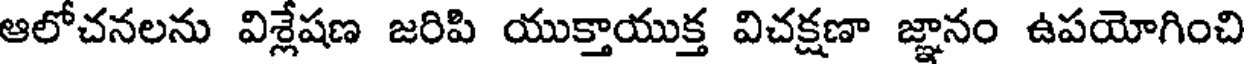
ఆలోచనలను విశ్లేషణ జరిపి యుక్తాయుక్త విచక్షణా జ్ఞానం ఉపయోగించి